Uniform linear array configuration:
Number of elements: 8
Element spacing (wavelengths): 0.5
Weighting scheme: uniform
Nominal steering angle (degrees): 0
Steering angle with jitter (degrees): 1.046
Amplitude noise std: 0.05
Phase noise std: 0.05

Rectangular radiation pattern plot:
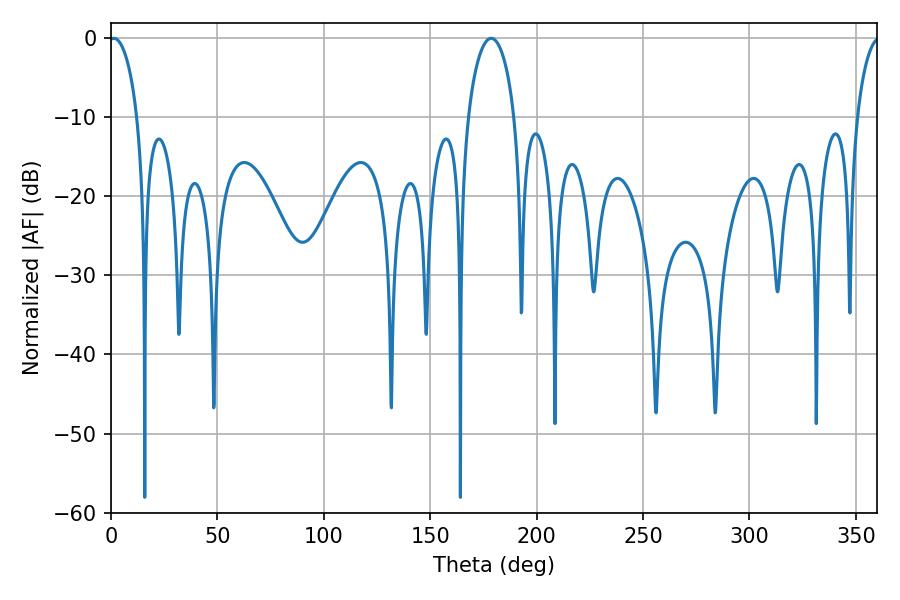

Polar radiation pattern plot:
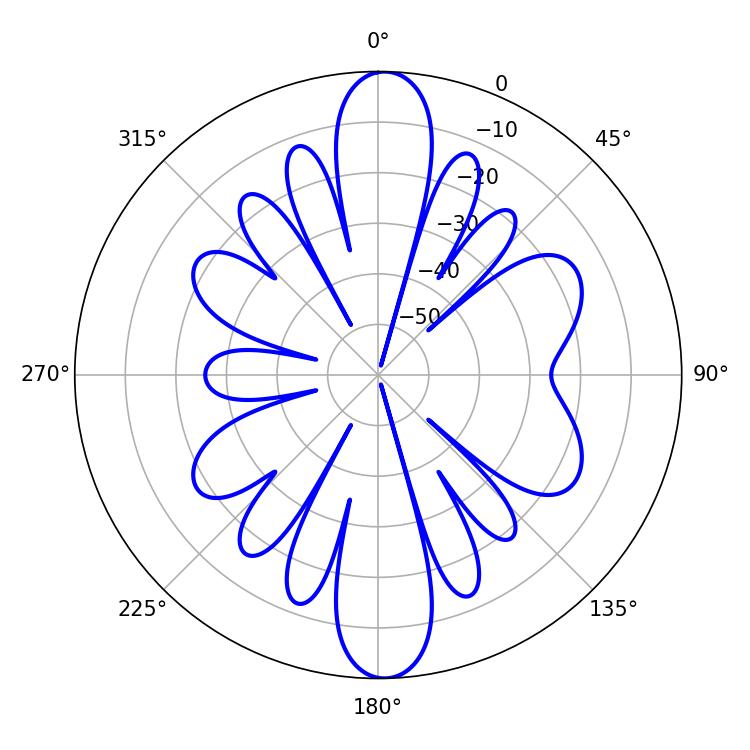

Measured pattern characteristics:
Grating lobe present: FALSE
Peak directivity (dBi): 20.526
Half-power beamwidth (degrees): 7.56
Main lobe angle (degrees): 1.26